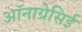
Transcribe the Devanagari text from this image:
ऑनाग्रेसिई